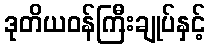
ဒုတိယဝန်ကြီးချုပ်နှင့်